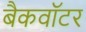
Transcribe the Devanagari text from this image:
बैकवॉटर